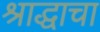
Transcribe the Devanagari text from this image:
श्राद्धाचा